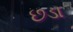
છડા